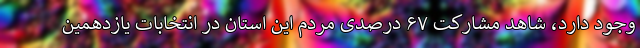
وجود دارد، شاهد مشارکت ۶۷ درصدی مردم این استان در انتخابات یازدهمین